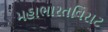
મહાભારતવિરાટ